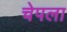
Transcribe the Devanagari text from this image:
चेपला